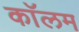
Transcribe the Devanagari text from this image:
काॅलम